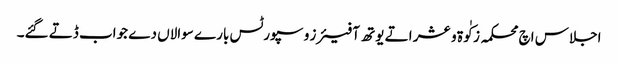
اجلاس اچ محکمہ زکٰوة و عشر اتے یوتھ آفیئرز و سپورٹس بارے سوالاں دے جواب ڈتے گئے۔